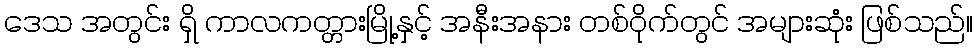
ဒေသ အတွင်း ရှိ ကာလကတ္တားမြို့နှင့် အနီးအနား တစ်ဝိုက်တွင် အများဆုံး ဖြစ်သည်။